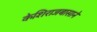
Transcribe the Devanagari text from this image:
केशिराजबासाने